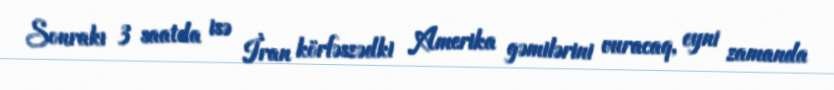
Sonrakı 3 saatda isə İran körfəszədki Amerika gəmilərini vuracaq, eyni zamanda